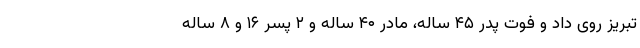
تبریز روی داد و فوت پدر ۴۵ ساله، مادر ۴۰ ساله و ۲ پسر ۱۶ و ۸ ساله